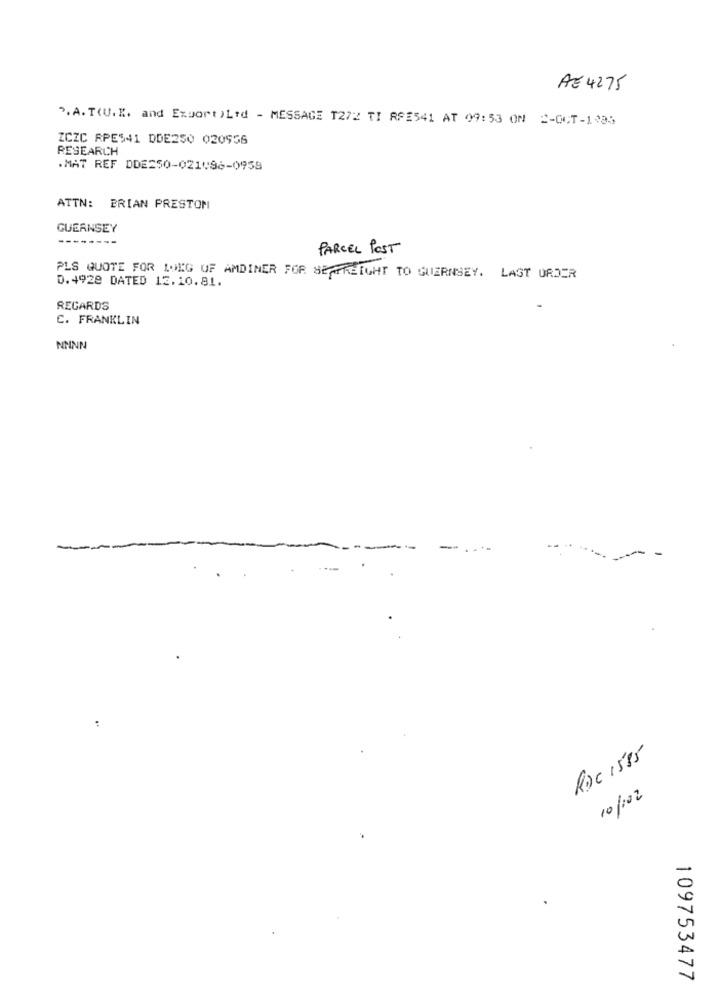
AE 4275
".A. T(U. K. and Export )Lid - MESSAGE T272 TI RFE541 AT 09:53 ON 2-OCT-1:35
ZCZC RPE941 DDE250 020956
RESEARCH
. MAT REF DDE250-021996-0959
ATTN: BRIAN PRESTOM
GUERNSEY
PARCEL POST
PLS QUOTE FOR LONG OF AMDINER FOR SE THEIGHT TO GUERNSEY. LAST ORDER
D.4928 DATED 13.10.81.
REGARDS
C. FRANKLIN
NNNN
-
Roc 1585
10/102
109753477